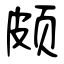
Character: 颇